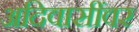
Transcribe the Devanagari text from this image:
अदिवासींवर